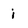
Character: i